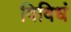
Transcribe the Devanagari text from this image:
विविधं